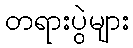
တရားပွဲများ